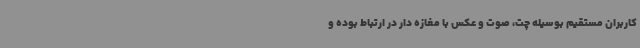
کاربران مستقیم بوسیله چت، صوت و عکس با مغازه دار در ارتباط بوده و